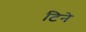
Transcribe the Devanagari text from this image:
टिने